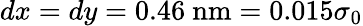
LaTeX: dx=dy=0.46\ \mathrm{nm}=0.015\sigma_{0}